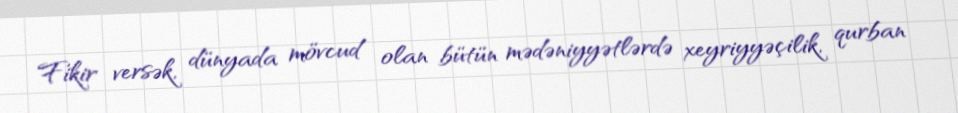
Fikir versək, dünyada mövcud olan bütün mədəniyyətlərdə xeyriyyəçilik, qurban